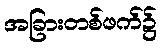
အခြားတစ်ဖက်၌